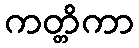
ကတ္တိကာ